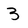
Character: 3